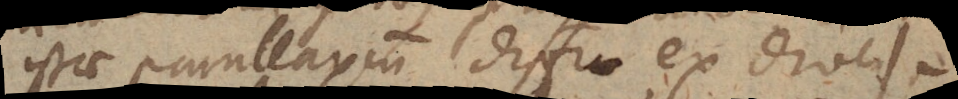
istae parallaxium differentiae ex diversa